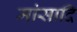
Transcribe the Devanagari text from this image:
मांसादि